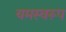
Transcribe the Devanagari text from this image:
यमस्वरूप